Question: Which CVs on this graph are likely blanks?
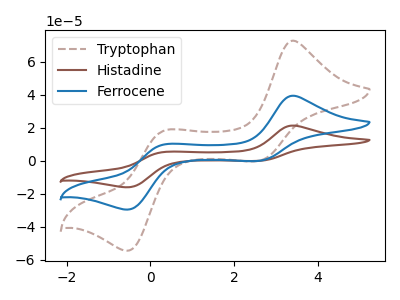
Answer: <think>The brown dashed curve "Tryptophan" has anodic peaks at (3.40V, 72.80uA) (0.35V, 18.55uA) and cathodic peaks at (2.60V, -0.05uA) (-0.55V, -54.45uA). The brown curve "Histadine" has anodic peaks at (3.40V, 78.95uA) (0.35V, 20.10uA) and cathodic peaks at (2.60V, -0.05uA) (-0.55V, -59.05uA). The blue curve "Ferrocene" has anodic peaks at (3.40V, 39.45uA) (0.35V, 10.05uA) and cathodic peaks at (2.60V, 0.00uA) (-0.55V, -29.50uA).</think>
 <answer>There are not any CV's on this graph that are likely to be blanks.</answer>
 <eval>none</eval>